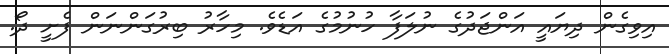
އިވިގެން ދިޔައީ އަންޖަދުގެ ނުލަފާ ހުނުމުގެ އަޑެވެ. މިހާރު ބިރުގަންނަން ފެށީ ދޯ.